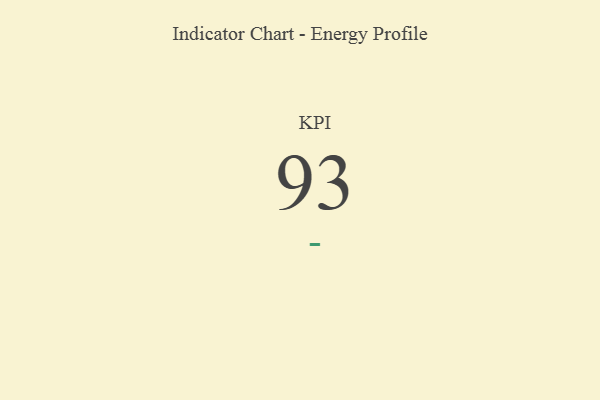
{"axis": {"x": "KPI", "y": "Value"}, "legend": [""], "data": [{"x": "KPI", "y": 93, "type": ""}]}